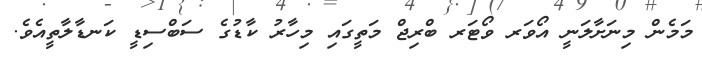
މަމެން މިނަަށާލަނީ އޯވަރ ވޯޓަރ ބްރިޖް މަތީގައި މިހާރު ކާޑުގެ ސަބްސިޑީ ކަނޑާލާތީއެވެ.